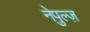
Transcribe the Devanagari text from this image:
नेपुल्ज़